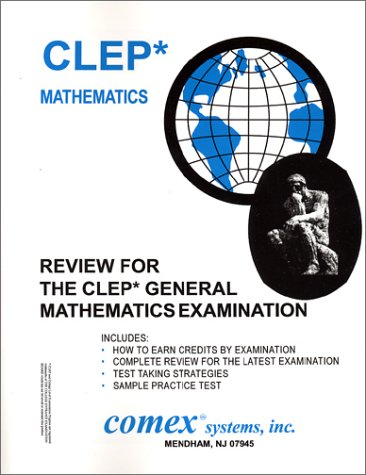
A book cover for Review for the CLEP General Mathematics (Review for the Clep General Mathematics Examination); Robert O'Donnell; Test Preparation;